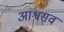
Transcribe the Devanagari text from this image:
आश्वसव